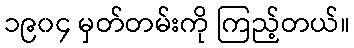
၁၉၀၄ မှတ်တမ်းကို ကြည့်တယ်။